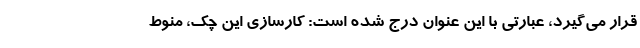
قرار می‌گیرد، عبارتی با این عنوان درج شده است: کارسازی این چک، منوط